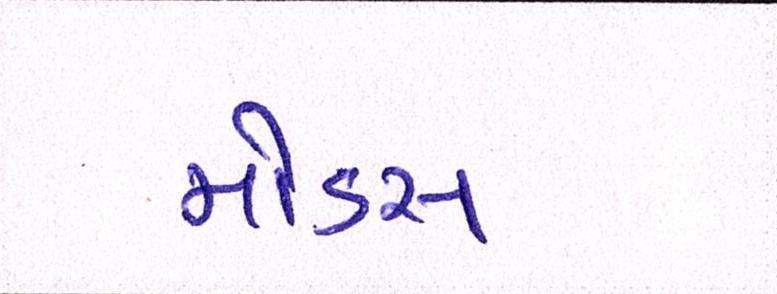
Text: મોડસ